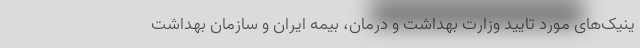
ینیک‌های مورد تایید وزارت بهداشت و درمان، بیمه ایران و سازمان بهداشت